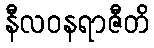
နီလဝနရာဇီတိ